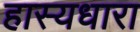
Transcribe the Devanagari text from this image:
हास्यधारा